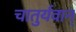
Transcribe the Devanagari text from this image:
चातुर्यवान्